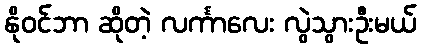
နိုဝင်ဘာ ဆိုတဲ့ လင်္ကာလေး လွဲသွားဦးမယ်